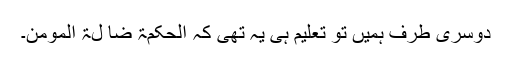
دوسری طرف ہمیں تو تعلیم ہی یہ تھی کہ الحکمۃ ضا لۃ المومن۔